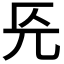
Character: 𭀟